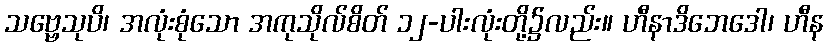
သဗ္ဗေသုပိ၊ အလုံးစုံသော အကုသိုလ်စိတ် ၁၂-ပါးလုံးတို့၌လည်း။ ဟီနာဒိဘေဒေါ၊ ဟီန